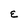
Character: E